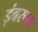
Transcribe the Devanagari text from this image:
ड़ंबरून